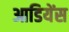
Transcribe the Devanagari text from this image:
आडियेंस